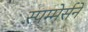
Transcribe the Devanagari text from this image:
स्पम्मेर्सने